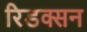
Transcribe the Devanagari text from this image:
रिडक्सन